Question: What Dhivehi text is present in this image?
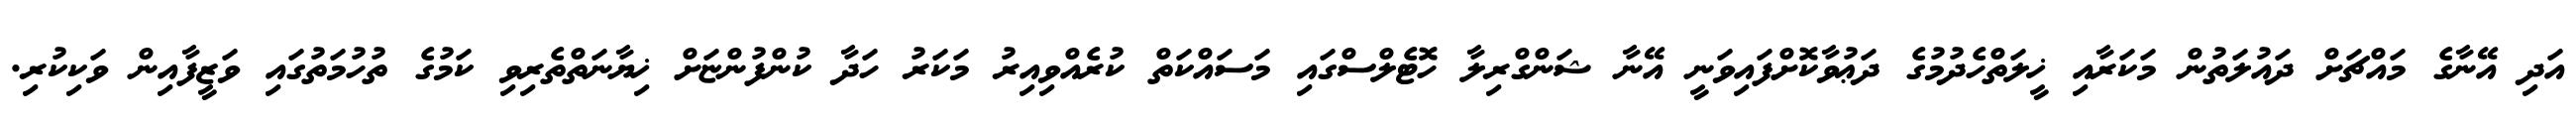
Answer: އަދި އޭނާގެ މައްޗަށް ދައުލަތުން މަކަރާއި ޚީލަތްހެދުމުގެ ދަޢުވާކޮށްފައިވަނީ އޭނާ ޝަންގްރިލާ ހޮޓެލްސްގައި މަސައްކަތް ކުރެއްވިއިރު މަކަރު ހަދާ ކުންފުންޏަށް ޚިޔާނަތްތެރިވި ކަމުގެ ތުހުމަތުގައި ވަޒީފާއިން ވަކިކުރި.